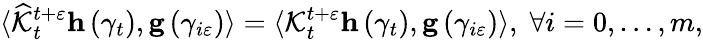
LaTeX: \begin{array}{r}{\langle\widehat{\mathcal{K}}_{t}^{t+\varepsilon}\mathbf{h}\left(\gamma_{t}\right),\mathbf{g}\left(\gamma_{i\varepsilon}\right)\rangle=\langle\mathcal{K}_{t}^{t+\varepsilon}\mathbf{h}\left(\gamma_{t}\right),\mathbf{g}\left(\gamma_{i\varepsilon}\right)\rangle,\; \forall i=0,\ldots,m,}\end{array}